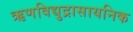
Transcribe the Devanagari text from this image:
ऋणविद्युद्रासायनिक